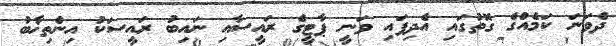
ދެވަނަ ކަމެއްގެ ގޮތުގައި އެދިފައި ވަނީ ޕާޓީގެ ރައީސާއި ނައިބު ރައީސަކު އިންތިޚާބު